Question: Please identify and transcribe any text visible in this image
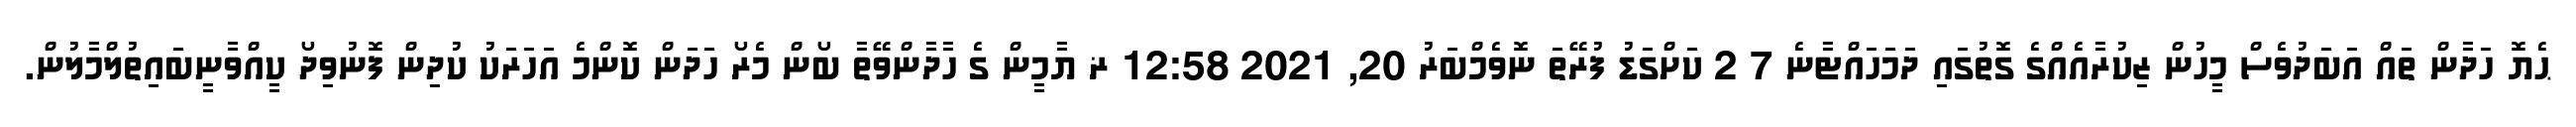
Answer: ޙެޔޮ ހަދާން ތައް އަބަދުވެސް މީހުން ޒިކުރާއެއްގެ ގޮތުގައި ދަމަހައްޓާނެ 7 2 ކަށްގަޑު ފުރޭތަ ނޮވެމްބަރު 20, 2021 12:58 ޜ ޔާމީން ގެ ހާދާންވޭތާ ބޯން މެރޯ ހަދަން ކޮންމެ އަހަރަކު ކުދިން ފޮނުވިދޯ ކީއްވާނީބައިތުލްމާލުން.